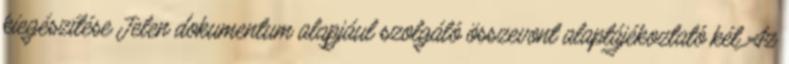
kiegészítése Jelen dokumentum alapjául szolgáló összevont alaptájékoztató két Az